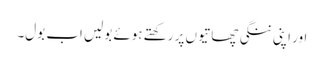
اور اپنی ننگی چھاتیوں پر رکھتے ہوئے بولیں اب بول۔